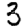
Digit: 3